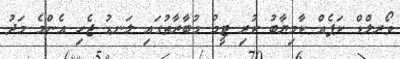
ވޯރލްޑް ކަޕެއް ކާމިޔާބު ކުރި ޓީމު މުބާރާތުގައި ލަނޑު ޖެހި އެންމެ މަދު